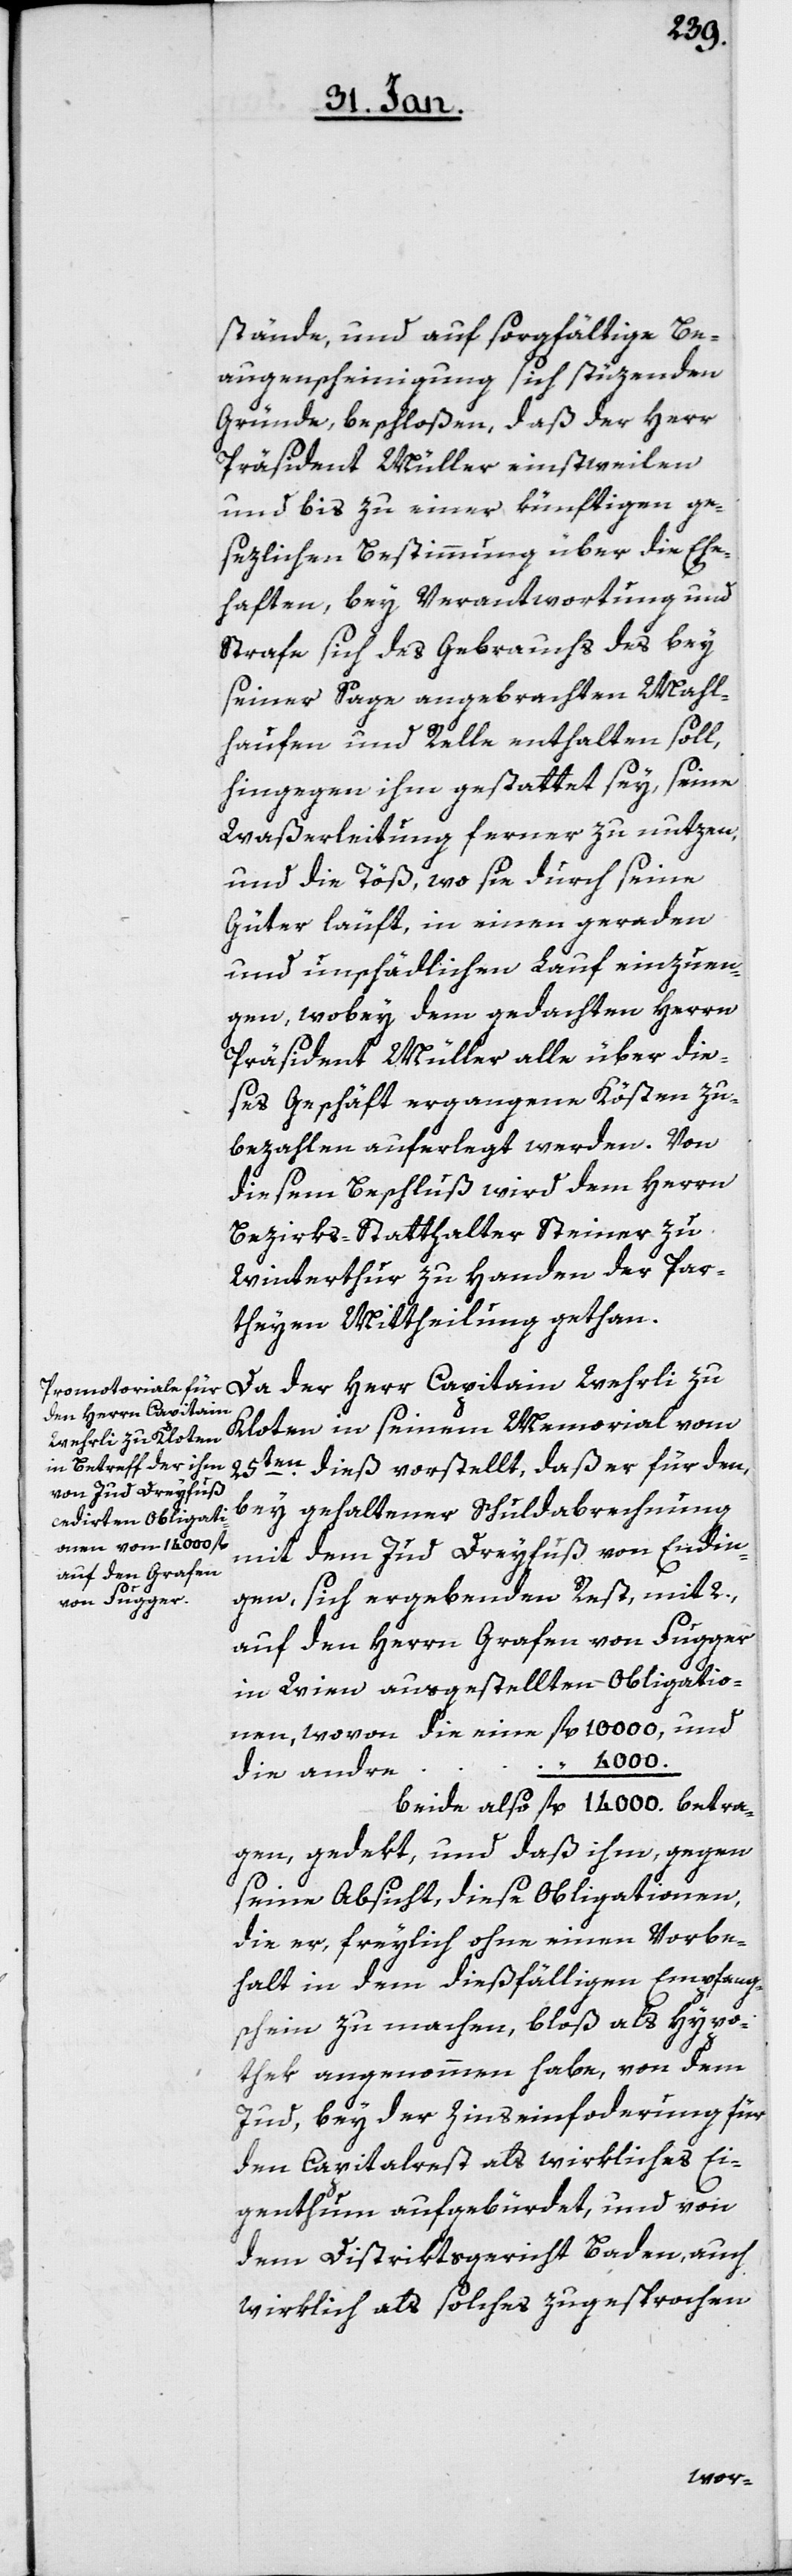
stände, und auf sorgfältige Be¬
augenscheinigung sich stüzenden
Gründe, beschloßen, daß der Herr
Präsident Müller einstweilen
und bis zu einer künftigen ge¬
sezlichen Bestimmung über die Ehe¬
haften, bey Verantwortung und
Strafe sich des Gebrauchs des bey
seiner Sage angebrachten Mahl¬
haufen und Relle enthalten soll,
hingegen ihm gestattet sey, seine
Waßerleitung ferner zu nutzen,
und die Töß, wo sie durch seine
Güter läuft, in einen geraden
und unschädlichen Lauf einzuen¬
gen, wobey dem gedachten Herrn
Präsident Müller alle über die¬
ses Geschäft ergangenen Kösten zu¬
bezahlen auferlegt werden. Von
diesem Beschluß wird dem Herrn
Bezirks-Statthalter Steiner zu
Winterthur zu Handen der Par¬
theyen Mittheilung gethan.
Da der Herr Capitain Wehrli zu
Kloten in seinem Memorial vom
25ten. dieß vorstellt, daß er für den,
bey gehaltener Schuldabrechnung
mit dem Jud Dreyfuß von Endin¬
gen, sich ergebenden Rest, mit 2.,
auf den Herrn Grafen von Fugger
in Wien ausgestellten Obrligatio¬
nen, wovon die eine fl. 10 000, und
4 000.
die andre
beide also 	fl. 14 000. betra¬
gen, gedekt, und daß ihm, gegen
seine Absicht diese Obligationen,
die er, freylich ohne einen Vorbe¬
halt in dem dießfälligen Empfang¬
schein zu machen, bloß als Hypo¬
thek angenommen habe, von dem
Jud, bey der Zinseinforderung für
den Capitalrest als wirkliches Ei¬
genthum aufgebürdet, und von
dem Distriktsgericht Baden, auch
wirklich als solches zugesprochen